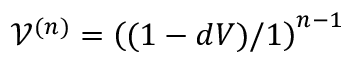
\mathcal { V } ^ { ( n ) } = \left( ( 1 - d V ) / 1 \right) ^ { n - 1 }